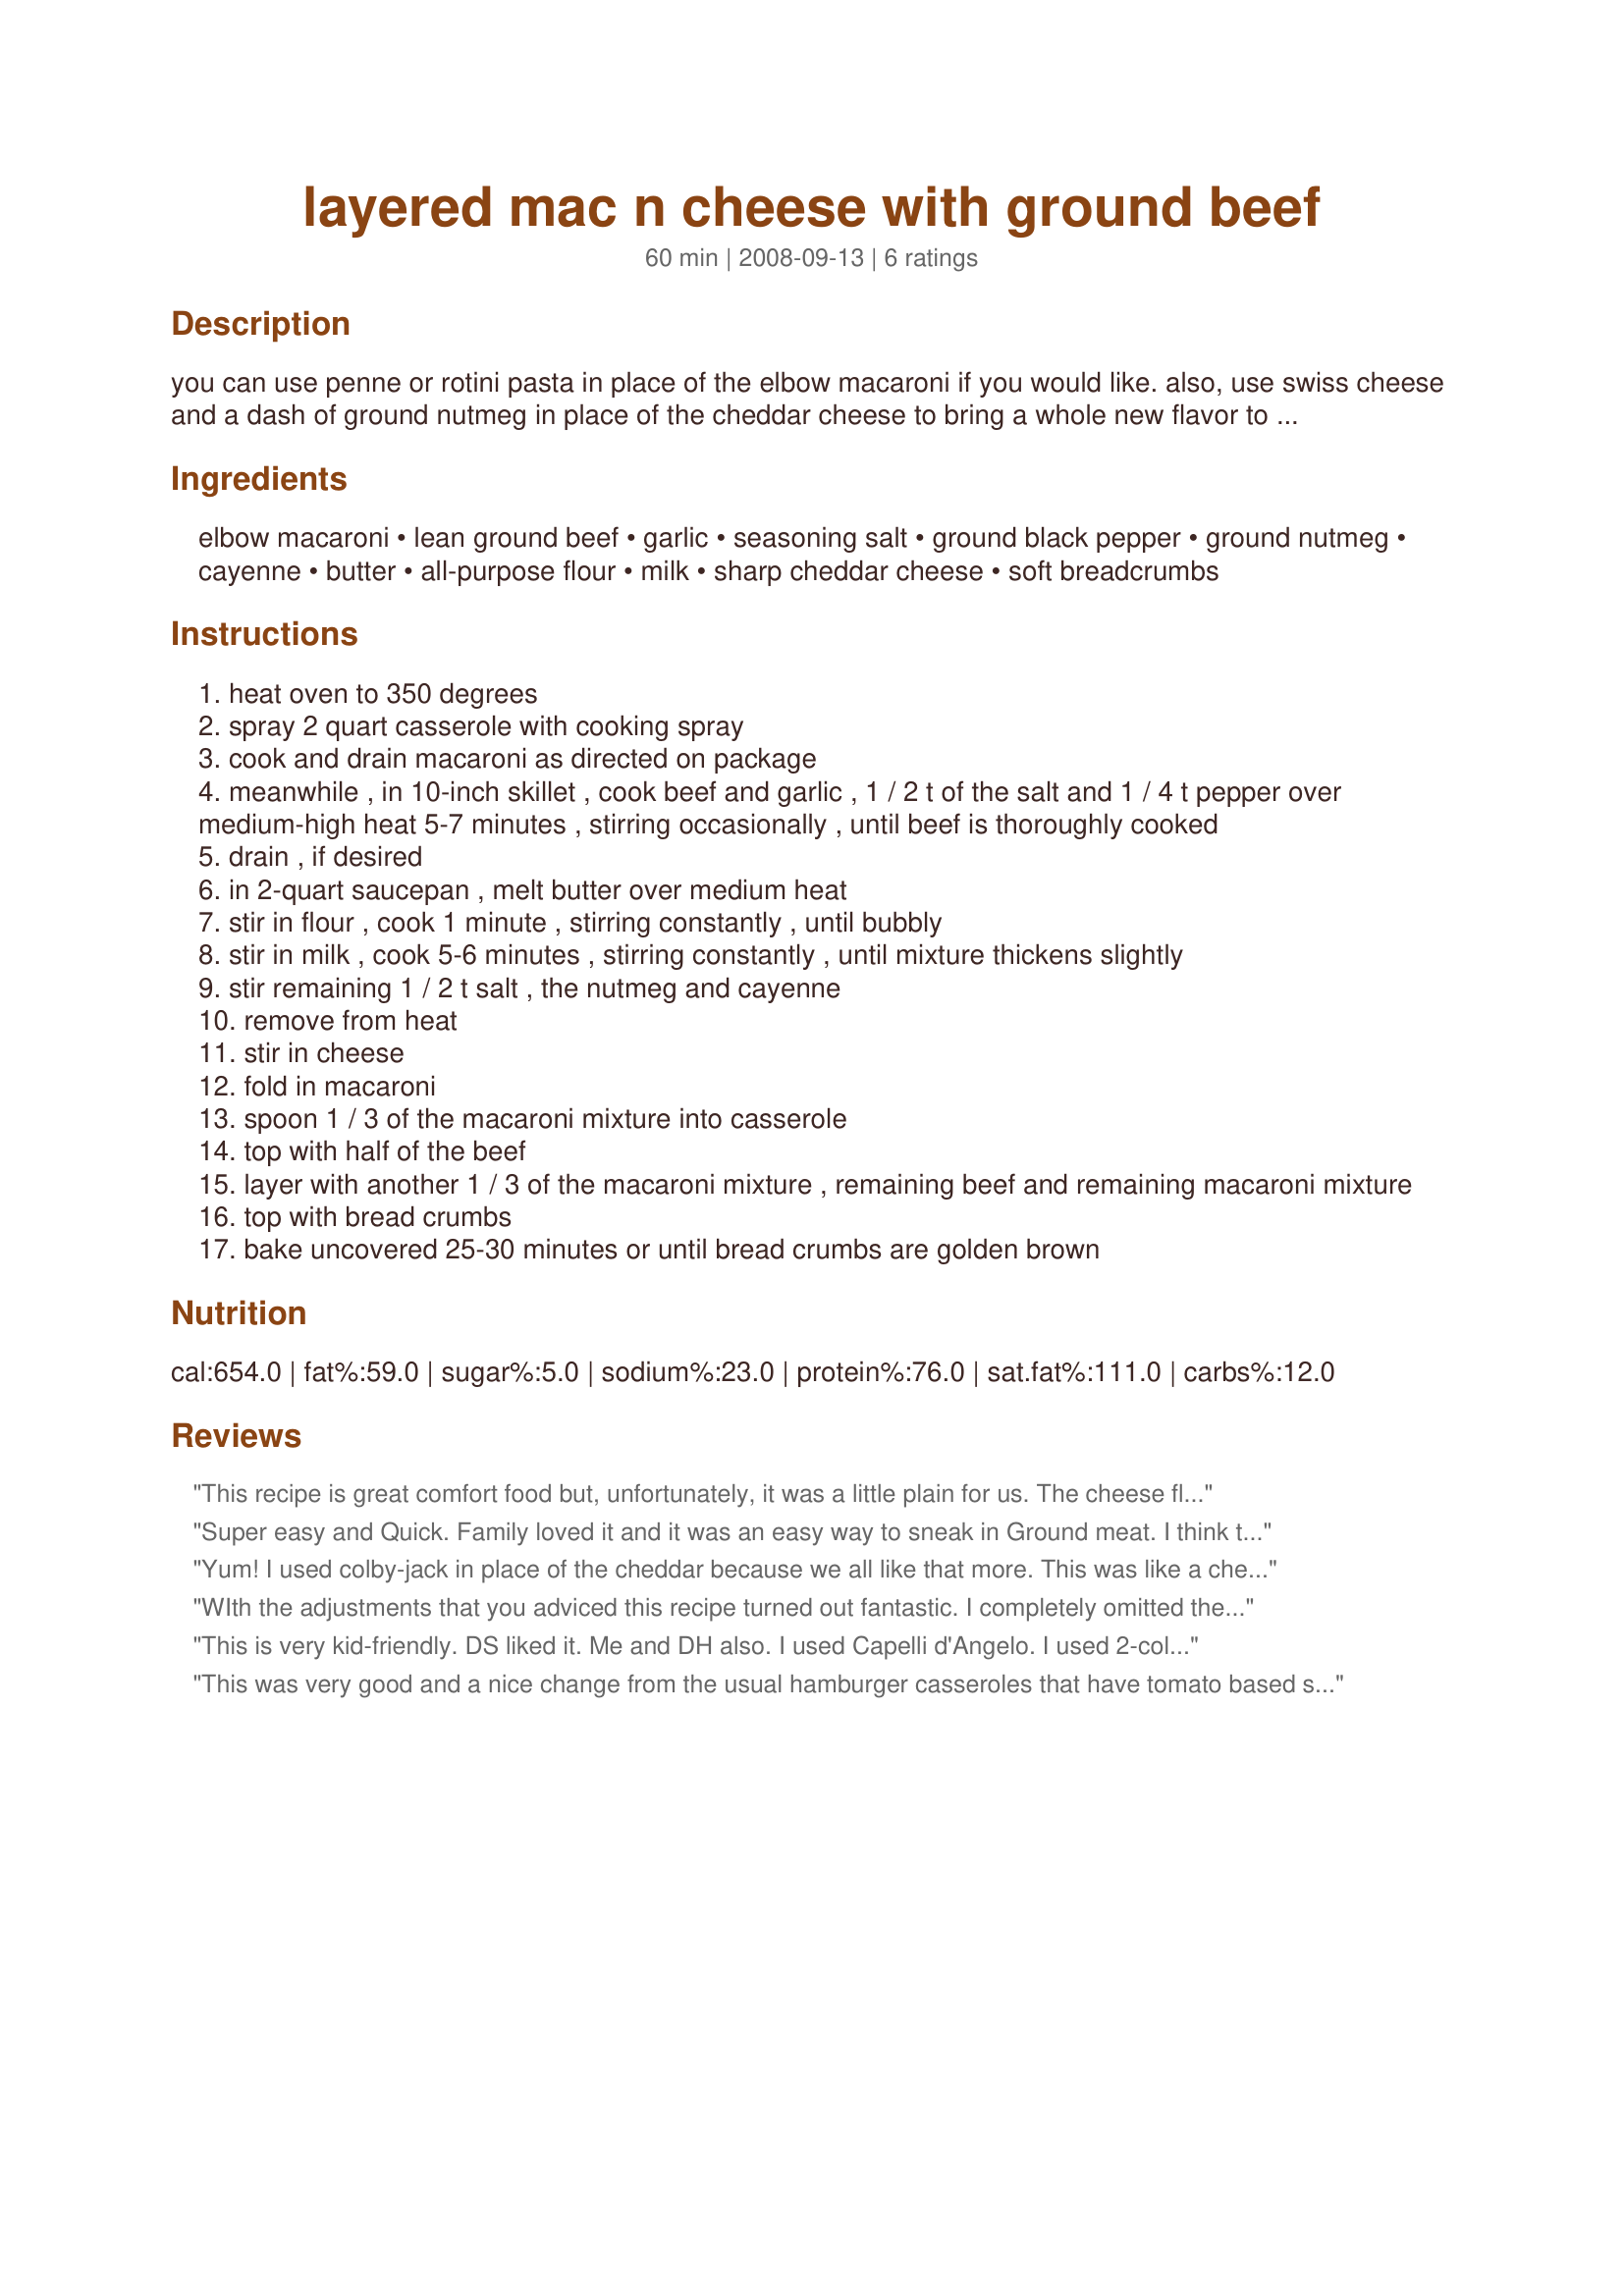
layered mac n cheese with ground beef
Preparation time: 60 minutes

you can use penne or rotini pasta in place of the elbow macaroni if you would like. also, use swiss cheese and a dash of ground nutmeg in place of the cheddar cheese to bring a whole new flavor to this dish. this recipe is from pillsbury.

Ingredients:
elbow macaroni, lean ground beef, garlic, seasoning salt, ground black pepper, ground nutmeg, cayenne, butter, all-purpose flour, milk, sharp cheddar cheese, soft breadcrumbs

Steps:
heat oven to 350 degrees
spray 2 quart casserole with cooking spray
cook and drain macaroni as directed on package
meanwhile , in 10-inch skillet , cook beef and garlic , 1 / 2 t of the salt and 1 / 4 t pepper over medium-high heat 5-7 minutes , stirring occasionally , until beef is thoroughly cooked
drain , if desired
in 2-quart saucepan , melt butter over medium heat
stir in flour , cook 1 minute , stirring constantly , until bubbly
stir in milk , cook 5-6 minutes , stirring constantly , until mixture thickens slightly
stir remaining 1 / 2 t salt , the nutmeg and cayenne
remove from heat
stir in cheese
fold in macaroni
spoon 1 / 3 of the macaroni mixture into casserole
top with half of the beef
layer with another 1 / 3 of the macaroni mixture , remaining beef and remaining macaroni mixture
top with bread crumbs
bake uncovered 25-30 minutes or until bread crumbs are golden brown

Reviews:
This recipe is great comfort food but, unfortunately, it was a little plain for us. The cheese flavour wasn't as strong as we would like. I added a few small, chopped tomatoes from my garden, and a few hot red pepper flakes, but the end result was still bland. This recipe would be wonderful for a family with young children, but not for my teenagers. Thanks for posting, Lainey.
Super easy and Quick. Family loved it and it was an easy way to sneak in Ground meat. I think that you could easily put in some vegies too.
Yum! I used colby-jack in place of the cheddar because we all like that more. This was like a cheeseburger casserole, very good. I think it needs some chopped onion with the meat. I use french's onions on top instead of the bread crumbs. It was perfect for my picky kids who love this stuff. DH and I would have spiced it up a bit more for ourselves. Still a very tasty dish that was even better the next day. You have a new star in the making here. Made and Reviewed for Gimme 5 tag - Thanks!
WIth the adjustments that you adviced this recipe turned out fantastic. I completely omitted the broth, upped the butter and flour to 3T, then used 2 cups of skim milk and 1/2 cup 1/2 and 1/2 for added thickness since all I have in the house is skim. I did totally eliminate the nutmeg and this was personal preference. Thanks Lainey, this is great comfort food for cold winter nights. 
Made for PRMR~
This is very kid-friendly. DS liked it. Me and DH also. I used Capelli d'Angelo. I used 2-color cheddar cheese. I used whole milk. I omitted the nutmeg and the breadcrumbs. I don't like breadcrumbs on pasta. Thanks Lainey. Made for 123 hit wonders
This was very good and a nice change from the usual hamburger casseroles that have tomato based sauces. For the most part, I made exactly as posted but found the cheese sauce was too thin so added another 1 Tbsp of flour. The other change I made was to change the bread crumbs to crushed potato chips since the kids prefer that. This is wonderful comfort food and I can't wait to eat the leftovers for lunch. Thx Lainey6605.
